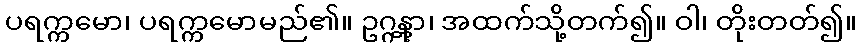
ပရက္ကမော၊ ပရက္ကမောမည်၏။ ဥဂ္ဂန္တွာ၊ အထက်သို့တက်၍။ ဝါ၊ တိုးတတ်၍။